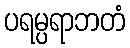
ပရမ္ပရာဘတံ